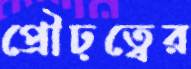
প্রৌঢ়ত্বের